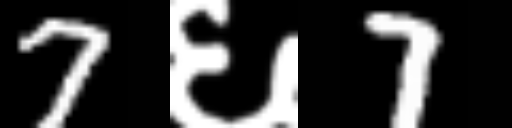
Text: 7६7